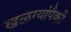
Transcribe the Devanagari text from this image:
खळग्यांपैकी